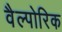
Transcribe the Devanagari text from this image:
वैल्पोरिक